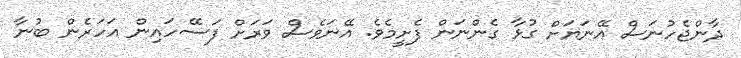
ދާންޖެހުނަސް އޭނަޔަށް ގުޅާ ގެންނަން ފެށީމެވެ. އޭނަވެސް ވަރަށް ފަސޭހައިން އަހަރެން ބުނާ